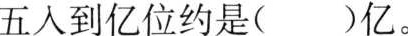
五入到亿位约是( )亿。